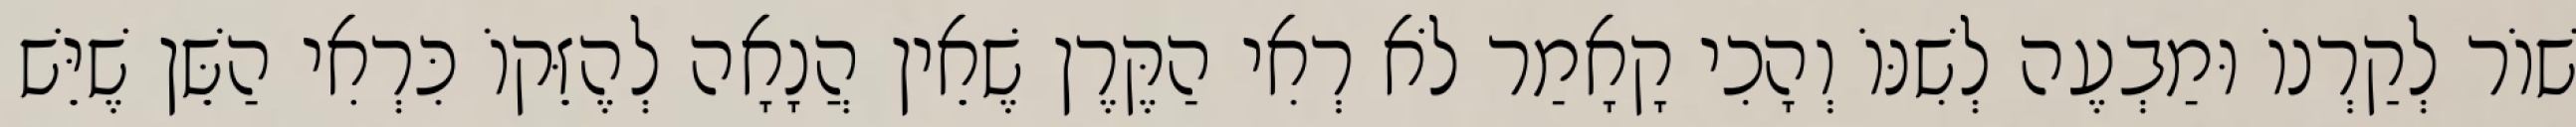
שׁוֹר לְקַרְנוֹ וּמַבְעֶה לְשִׁנּוֹ וְהָכִי קָאָמַר לֹא רְאִי הַקֶּרֶן שֶׁאֵין הֲנָאָה לְהֶזֵּקוֹ כִּרְאִי הַשֵּׁן שֶׁיֵּשׁ